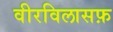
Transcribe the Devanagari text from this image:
वीरविलासफ़